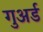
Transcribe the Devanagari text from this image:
गुअर्ड